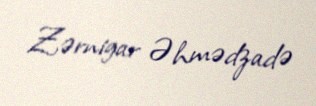
Zərnigar Əhmədzadə